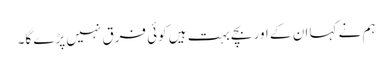
ہم نے کہا ان کے اور بچے بہت ہیں کوئی فرق نہیں پڑے گا۔